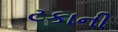
ટકાની